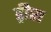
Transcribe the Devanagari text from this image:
ड्रीस